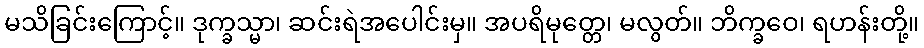
မသိခြင်းကြောင့်။ ဒုက္ခသ္မာ၊ ဆင်းရဲအပေါင်းမှ။ အပရိမုတ္တေ၊ မလွတ်။ ဘိက္ခဝေ၊ ရဟန်းတို့။